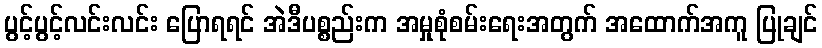
ပွင့်ပွင့်လင်းလင်း ပြောရရင် အဲဒီပစ္စည်းက အမှုစုံစမ်းရေးအတွက် အထောက်အကူ ပြုချင်